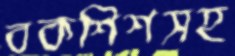
বকশিশসহ